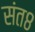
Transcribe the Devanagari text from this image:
संत८